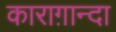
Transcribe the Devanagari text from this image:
काराग़ान्दा